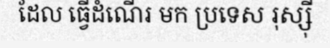
ដែល ធ្វើដំណើរ មក ប្រទេស រុស្ស៊ី